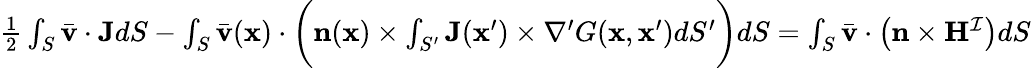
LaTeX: \begin{array}{r}{\frac{1}{2}\int_{S}\bar{\mathbf{v}}\cdot\mathbf{J}dS-\int_{S}\bar{\mathbf{v}}(\mathbf{x})\cdot\bigg(\mathbf{n}(\mathbf{x})\times\int_{S^{\prime}}\mathbf{J}(\mathbf{x}^{\prime})\times\nabla^{\prime}G(\mathbf{x},\mathbf{x}^{\prime})dS^{\prime}\bigg)dS=\int_{S}\bar{\mathbf{v}}\cdot\big(\mathbf{n}\times\mathbf{H}^{\mathcal{I}}\big)dS}\end{array}